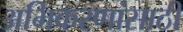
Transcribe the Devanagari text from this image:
अभिकरणांसाठी